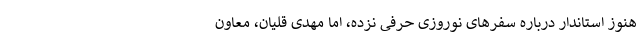
هنوز استاندار درباره سفرهای نوروزی حرفی نزده، اما مهدی قلیان، معاون